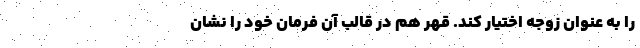
را به عنوان زوجه اختیار کند. قهر هم در قالب آن فرمان خود را نشان